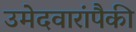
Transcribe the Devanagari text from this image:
उमेदवारांपैकी